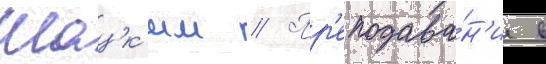
Шацк'им // Пр'еподава́н'ие в